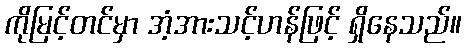
ကိုမြင့်တင်မှာ အံ့အားသင့်ဟန်ဖြင့် ရှိနေသည်။